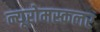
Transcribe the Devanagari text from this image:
न्यूरोमस्कलर